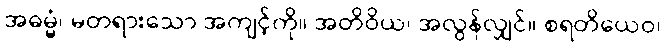
အဓမ္မံ၊ မတရားသော အကျင့်ကို။ အတိဝိယ၊ အလွန်လျှင်။ စရတိယေဝ၊